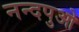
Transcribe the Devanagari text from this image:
नन्दपुओ